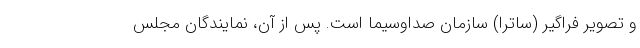
و تصویر فراگیر (ساترا) سازمان صداوسیما است. پس از آن، نمایندگان مجلس